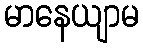
မာနေယျာမ